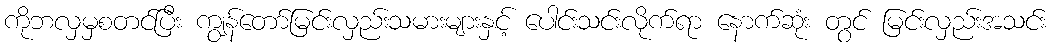
ကိုဘလှမှစတင်ပြီး ကျွန်တော်မြင်းလှည်းသမားများနှင့် ပေါင်းသင်းလိုက်ရာ နောက်ဆုံး တွင် မြင်းလှည်းအသင်း